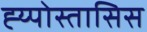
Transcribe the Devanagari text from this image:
ह्य्पोस्तासिस